Medical and sanitary report of the native army of Bengal for the year
Year: 1874
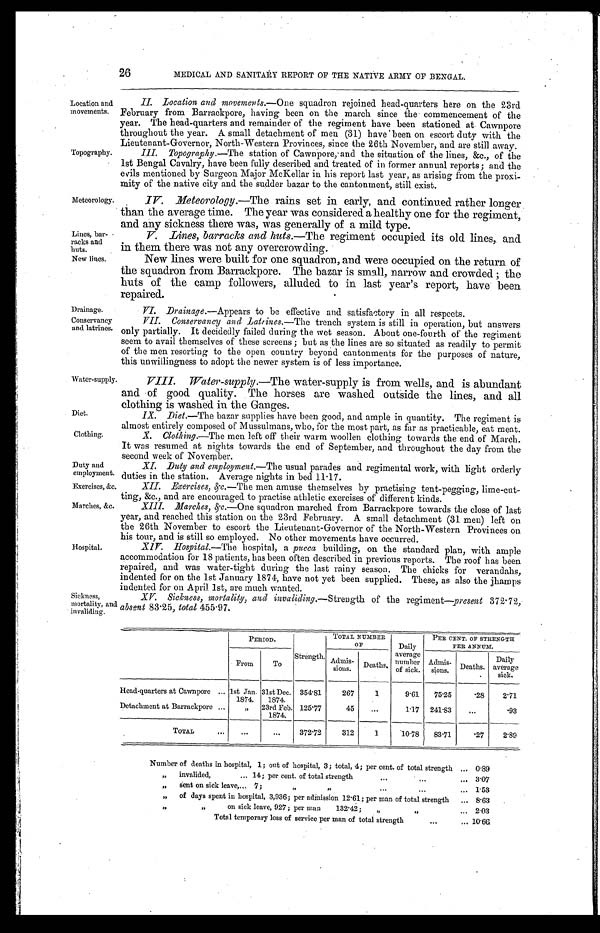
Lines, bar
-
racks and huts.
New lines.
Drainage.
Conservancy
and latrines.
Diet.
Clothing.
Duty and
employment.
Exercises, &c.
Marches, &c.
26
MEDICAL AND SANITARY REPORT OF THE NATIVE ARMY OF BENGAL.
Location and
movements.
Topography.
Meteorology.
II. Location and movements.— One squadron rejoined bead-quarters here on the 23rd
February from Barrackpore, having been on the march since the commencement of the
year. The head-quarters and remainder of the regiment have been stationed at Cawnpore
throughout the year. A. small detachment of men (31) have been on escort duty with the
Lieutenant-Governor, North-Western Provinces, since the 26th November, and are still away.
III. Topography.— The station of Cawnpore, and the situation of the lines, &c., of the
1st Bengal Cavalry, have been fully described and treated of in former annual reports; and the
evils mentioned by Surgeon Major McKellar in his report last year, as arising from the proxi
-
mity of the native city and the Budder bazar to the cantonment, still exist.
IV. Meteorology.— The rains set in early, and continued rather longer
than the average time. The year was considered a healthy one for the regiment,
and any sickness there was, was generally of a mild type.
V. Lines, barracks and huts.— The regiment occupied its old lines, and
in them there was not any overcrowding.
New lines were built for one squadron, and were occupied on the return of
the squadron from Barrackpore. The bazar is small, narrow and crowded ; the
huts of the camp followers, alluded to in last year's report, have been
repaired.
VI. Drainage.— Appears to be effective and satisfactory in all respects.
VII. Conservancy and Latrines.— The trench system is still in operation, but answers
only partially. It decidedly failed during the wet season. About one-fourth of the regiment
seem to avail themselves of these screens ; but as the lines are so situated as readily to permit
of the men resorting to the open country beyond cantonments for the purposes of nature,
this unwillingness to adopt the newer system is of less importance.
Watter-supply.
Hospital.
VIII. Water-supply.— The water-supply is from wells, and is abundant
and of good quality. The horses are washed outside the lines, and all
clothing is washed in the Ganges.
IX. Diet.—The bazar supplies have been good, and ample in quantity. The regiment is
almost entirely composed of Mussulmans, who, for the most part, as far as practicable, eat meat.
X. Clothing.— The men left off their warm woollen clothing towards the end of March.
It was resumed at nights towards the end of September, and throughout the day from the
second week of November.
XI. Duty and employment.— The usual parades and regimental work, with light orderly
duties in the station. Average nights in bed 11.17.
XII. Exercises, &c.— The men amuse themselves by practising tent-pegging, lime-cut
-
&c., and are encouraged to practise athletic exercises of different kinds.
XIII. Marches, &c.— One squadron marched from Barrackpore towards the close of last
year, and reached this station on the 23rd February. A small detachment (31 men) left on
the 26th November to escort the Lieutenant-Governor of the North-Western Provinces on
his tour, and is still so employed. No other movements have occurred.
XIV. Hospital.— The hospital, a pucca building, on the standard plan, with ample
accommodation for 18 patients, has been often described in previous reports. The roof has been
repaired, and was water-tight during the last rainy season. The chicks for verandahs,
indented for on the 1st January 1874, have not yet been supplied. These, as also the jhamps
indented for on April 1st, are much wanted.
Sickness,
mortality, and
invaliding.
XV. Sickness, mortality, and invaliding.— Strength of the regiment— present 372.72,
a bsent 83.25, total 455.97.
PERIOD.
TOTAL NUMBER
OF
Daily
PER CENT. OF STRENGTH
PER ANNUM.
From
To
Strength. Admis-
sions.
Deaths,
average
number
of sick.
Admis-
sions. Deaths.
Daily
average
sick.
Head-quarters at Cawnpore . . . 1st Jan.
1874.
31st Dec.
1874.
354.81
267
1
9.61
75.25
.28
2.71
Detachment at Barrackpore . . .
"
23rd Feb.
1874.
125.77
45
. . .
1.17 241.83
. . .
.93
TOTAL . . .
. . . . . .
372.72
312
1
10.78
83.71
.27
2.89
Number of deaths in hospital, 1; out of hospital, 3; total, 4; per cent. of total strength . . . 0.89
" i n v a l i d e d , . . . 1 4 ; p e r c e n t . o f t o t a l s t r e n g t h . . . 3.07
"
"
s e n t
o n s i c k l e a v e , . . . .
7 ; " "
1.53
" of days spent in hospital, 3,936; per admission 12.61; per man of total strength . . . 8.63
" " on sick leave, 927 ; per man 132.42; . . . 2.03
Total temporary loss of service per man of total strength . . . 1 0 . 6 6